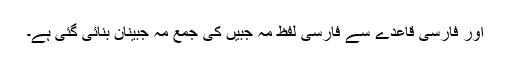
اور فارسی قاعدے سے فارسی لفظ مہ جبیں کی جمع مہ جبینان بنائی گئی ہے۔